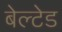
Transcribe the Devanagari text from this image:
बेल्टेड